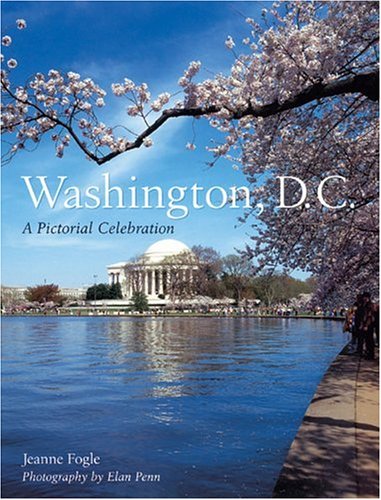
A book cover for Washington, D.C.: A Pictorial Celebration; Jeanne Fogle Lyons; Travel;